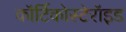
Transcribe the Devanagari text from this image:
कॉर्टिकोस्टेरॉइड